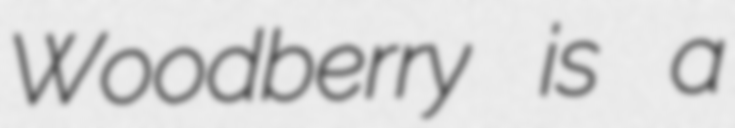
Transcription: Woodberry is a